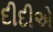
દીદીએ